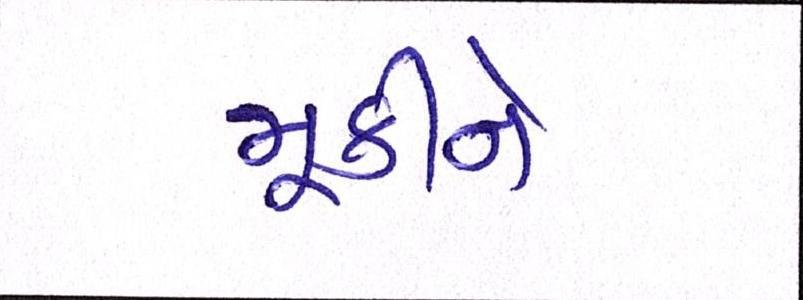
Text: મૂકીને